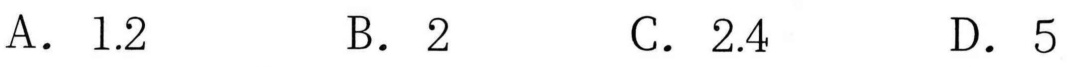
A. \(1.2\)  \(\quad\)B. \(2\)  \(\quad\)C. \(2.4\)  \(\quad\)D. \(5\)